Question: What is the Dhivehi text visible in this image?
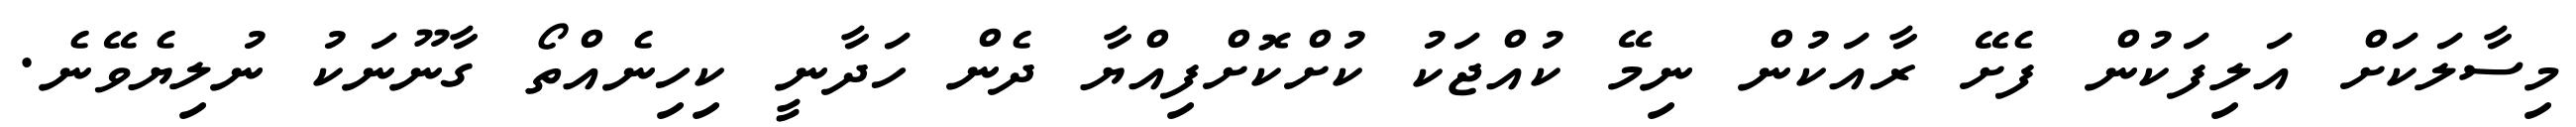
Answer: މިސާލަކަށް އަލިފަކުން ފެށޭ ރާއަކުން ނިމޭ ކުއްޖަކު ކުށްކޮށްފިއްޔާ ދެން ހަދާނީ ކިހިނެއްތޯ ގާނޫނަކު ނުލިޔެވޭނެ.